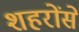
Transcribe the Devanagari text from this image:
शहरोंसे